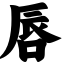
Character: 唇